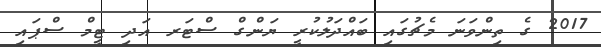
2017 ގެ ތިންވަނަ މެޗުގައި ބައްދަލުކުރީ ޔަންގް ސްޓަރ އަދި ޓީމް ސްޕައި